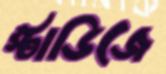
স্টাডিজে